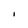
Character: I